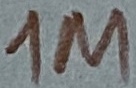
Text: 1M